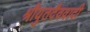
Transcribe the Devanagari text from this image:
श्रीयुतदैववादी